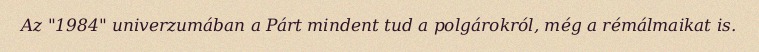
Az "1984" univerzumában a Párt mindent tud a polgárokról, még a rémálmaikat is.